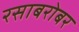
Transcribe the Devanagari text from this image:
रसाबरोबर